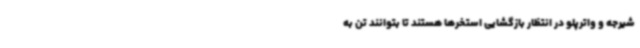
شیرجه و واترپلو در انتظار بازگشایی استخرها هستند تا بتوانند تن به